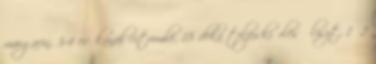
margarin, 3-4 evőkanál citromlé, 18 deka teljeskiőrlésű liszt, 1 2